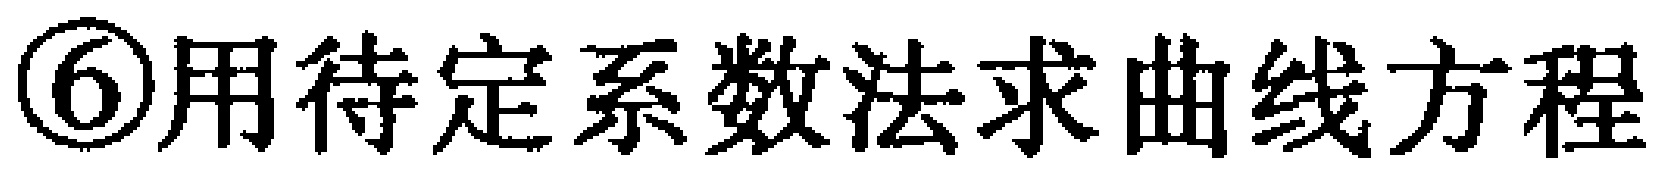
\textcircled{6}用待定系数法求曲线方程